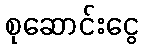
စုဆောင်းငွေ